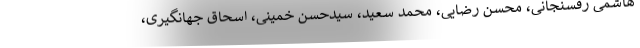
هاشمی رفسنجانی، محسن رضایی، محمد سعید، سیدحسن خمینی، اسحاق جهانگیری،